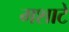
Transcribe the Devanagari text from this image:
मशाटे